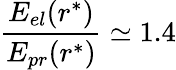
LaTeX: \frac{E_{el}(r^{*})}{E_{pr}(r^{*})}\simeq 1.4